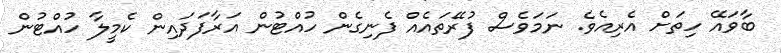
ބާވައޭ ހިތަށް އެރިއެވެ. ނަމަވެސް ފުރޭތައެއް ފެނިގެން ހުއްޓުން އަރާފަދައިން ކެމީލާ ހުއްޓުން